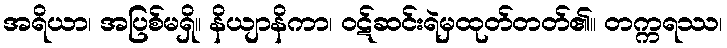
အရိယာ၊ အပြစ်မရှိ။ နိယျာနိကာ၊ ဝဋ်ဆင်းရဲမှထုတ်တတ်၏။ တက္ကရဿ၊